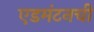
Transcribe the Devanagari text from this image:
एडमंटनची